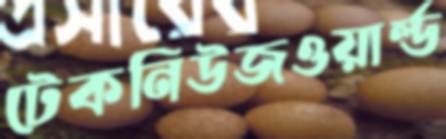
টেকনিউজওয়ার্ল্ড